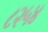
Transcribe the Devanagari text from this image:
८२५४